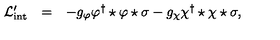
\begin{array} { r c l } { { \cal L } _ { \mathrm { i n t } } ^ { \prime } } & { = } & { - g _ { \varphi } \varphi ^ { \dagger } \star \varphi \star \sigma - g _ { \chi } \chi ^ { \dagger } \star \chi \star \sigma , } \\ \end{array}